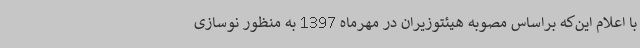
با اعلام این‌که براساس مصوبه هیئتوزیران در مهرماه 1397 به منظور نوسازی